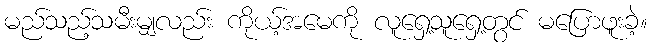
မည်သည့်သမီးမျှလည်း ကိုယ့်အမေကို လူရှေ့သူရှေ့တွင် မပြောဖူးခဲ့။